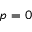
p = 0